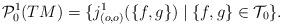
LaTeX: \begin{align*}\mathcal{P}^1_0(TM)&=\{j^1_{(o,o)}(\{f,g\})\mid\{f,g\}\in\mathcal{T}_0\}.\end{align*}